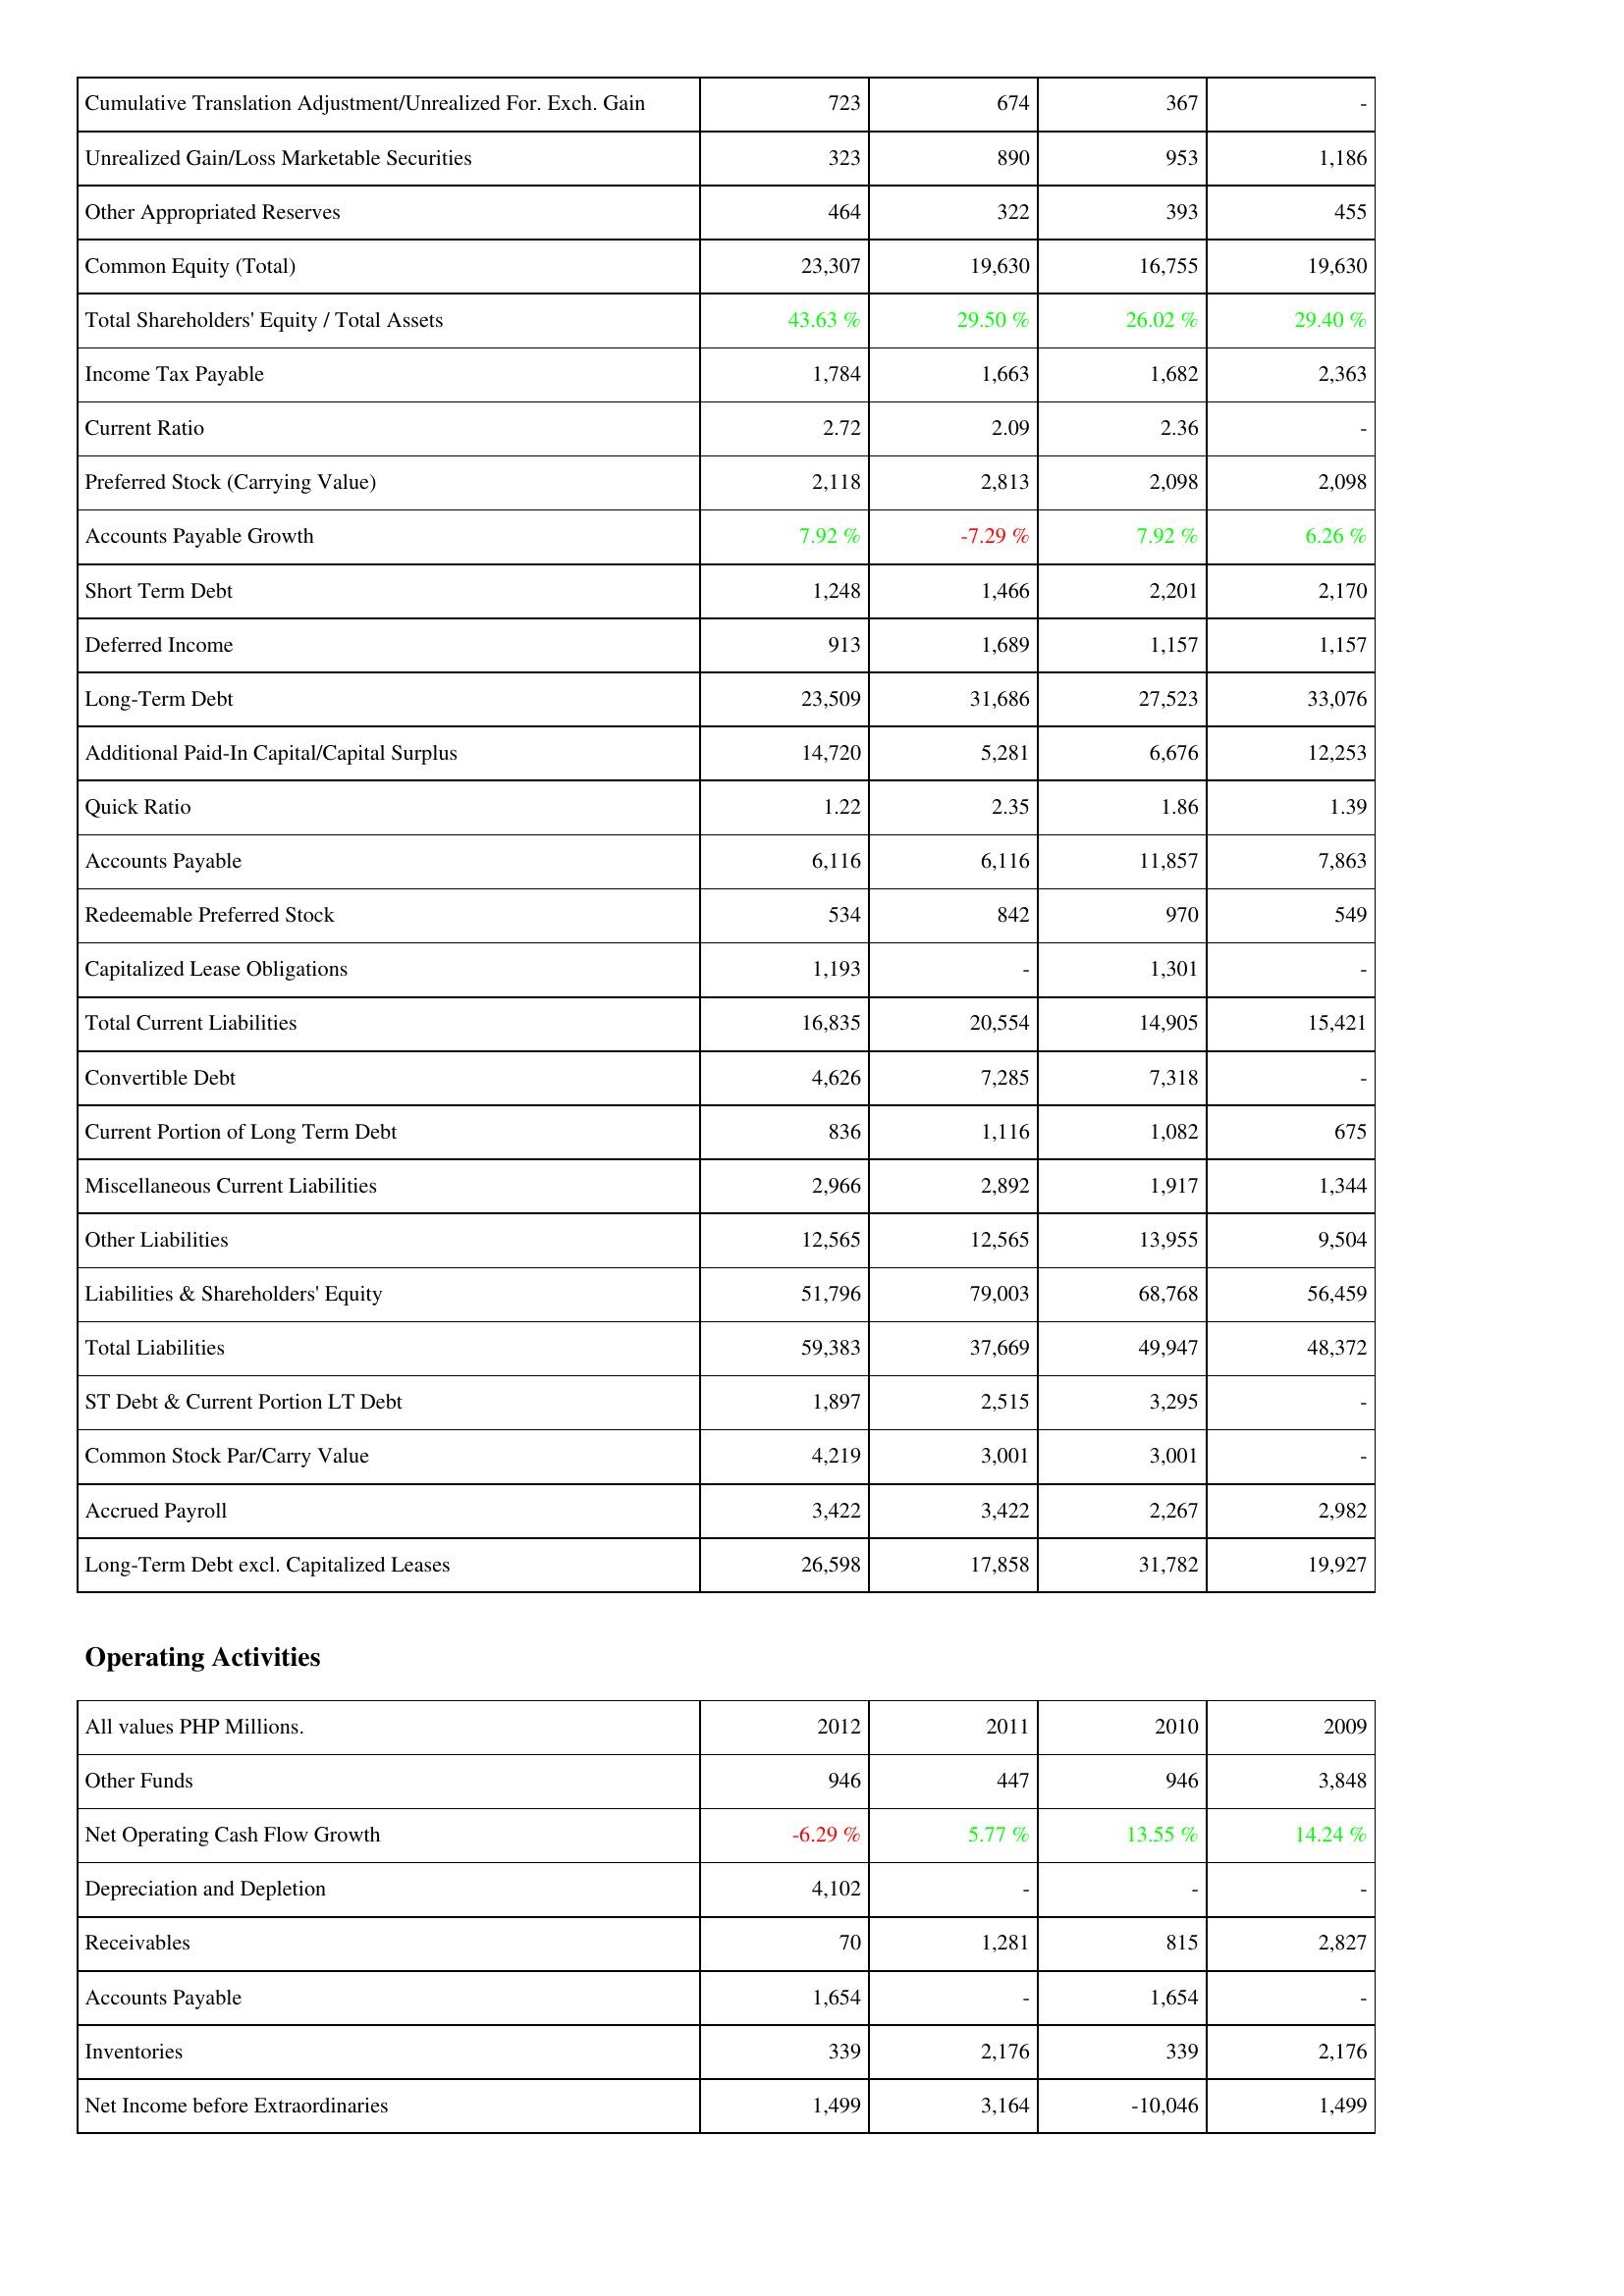
2012: Liabilities & Shareholders' Equity: Cumulative Translation Adjustment/Unrealized For. Exch. Gain: 723
Unrealized Gain/Loss Marketable Securities: 323
Other Appropriated Reserves: 464
Common Equity (Total): 23,307
Total Shareholders' Equity / Total Assets: 43.63 %
Income Tax Payable: 1,784
Current Ratio: 2.72
Preferred Stock (Carrying Value): 2,118
Accounts Payable Growth: 7.92 %
Short Term Debt: 1,248
Deferred Income: 913
Long-Term Debt: 23,509
Additional Paid-In Capital/Capital Surplus: 14,720
Quick Ratio: 1.22
Accounts Payable: 6,116
Redeemable Preferred Stock: 534
Capitalized Lease Obligations: 1,193
Total Current Liabilities: 16,835
Convertible Debt: 4,626
Current Portion of Long Term Debt: 836
Miscellaneous Current Liabilities: 2,966
Other Liabilities: 12,565
Liabilities & Shareholders' Equity: 51,796
Total Liabilities: 59,383
ST Debt & Current Portion LT Debt: 1,897
Common Stock Par/Carry Value: 4,219
Accrued Payroll: 3,422
Long-Term Debt excl. Capitalized Leases: 26,598
Operating Activities: Other Funds: 946
Net Operating Cash Flow Growth: -6.29 %
Depreciation and Depletion: 4,102
Receivables: 70
Accounts Payable: 1,654
Inventories: 339
Net Income before Extraordinaries: 1,499
2011: Liabilities & Shareholders' Equity: Cumulative Translation Adjustment/Unrealized For. Exch. Gain: 674
Unrealized Gain/Loss Marketable Securities: 890
Other Appropriated Reserves: 322
Common Equity (Total): 19,630
Total Shareholders' Equity / Total Assets: 29.50 %
Income Tax Payable: 1,663
Current Ratio: 2.09
Preferred Stock (Carrying Value): 2,813
Accounts Payable Growth: -7.29 %
Short Term Debt: 1,466
Deferred Income: 1,689
Long-Term Debt: 31,686
Additional Paid-In Capital/Capital Surplus: 5,281
Quick Ratio: 2.35
Accounts Payable: 6,116
Redeemable Preferred Stock: 842
Capitalized Lease Obligations: -
Total Current Liabilities: 20,554
Convertible Debt: 7,285
Current Portion of Long Term Debt: 1,116
Miscellaneous Current Liabilities: 2,892
Other Liabilities: 12,565
Liabilities & Shareholders' Equity: 79,003
Total Liabilities: 37,669
ST Debt & Current Portion LT Debt: 2,515
Common Stock Par/Carry Value: 3,001
Accrued Payroll: 3,422
Long-Term Debt excl. Capitalized Leases: 17,858
Operating Activities: Other Funds: 447
Net Operating Cash Flow Growth: 5.77 %
Depreciation and Depletion: -
Receivables: 1,281
Accounts Payable: -
Inventories: 2,176
Net Income before Extraordinaries: 3,164
2010: Liabilities & Shareholders' Equity: Cumulative Translation Adjustment/Unrealized For. Exch. Gain: 367
Unrealized Gain/Loss Marketable Securities: 953
Other Appropriated Reserves: 393
Common Equity (Total): 16,755
Total Shareholders' Equity / Total Assets: 26.02 %
Income Tax Payable: 1,682
Current Ratio: 2.36
Preferred Stock (Carrying Value): 2,098
Accounts Payable Growth: 7.92 %
Short Term Debt: 2,201
Deferred Income: 1,157
Long-Term Debt: 27,523
Additional Paid-In Capital/Capital Surplus: 6,676
Quick Ratio: 1.86
Accounts Payable: 11,857
Redeemable Preferred Stock: 970
Capitalized Lease Obligations: 1,301
Total Current Liabilities: 14,905
Convertible Debt: 7,318
Current Portion of Long Term Debt: 1,082
Miscellaneous Current Liabilities: 1,917
Other Liabilities: 13,955
Liabilities & Shareholders' Equity: 68,768
Total Liabilities: 49,947
ST Debt & Current Portion LT Debt: 3,295
Common Stock Par/Carry Value: 3,001
Accrued Payroll: 2,267
Long-Term Debt excl. Capitalized Leases: 31,782
Operating Activities: Other Funds: 946
Net Operating Cash Flow Growth: 13.55 %
Depreciation and Depletion: -
Receivables: 815
Accounts Payable: 1,654
Inventories: 339
Net Income before Extraordinaries: -10,046
2009: Liabilities & Shareholders' Equity: Cumulative Translation Adjustment/Unrealized For. Exch. Gain: -
Unrealized Gain/Loss Marketable Securities: 1,186
Other Appropriated Reserves: 455
Common Equity (Total): 19,630
Total Shareholders' Equity / Total Assets: 29.40 %
Income Tax Payable: 2,363
Current Ratio: -
Preferred Stock (Carrying Value): 2,098
Accounts Payable Growth: 6.26 %
Short Term Debt: 2,170
Deferred Income: 1,157
Long-Term Debt: 33,076
Additional Paid-In Capital/Capital Surplus: 12,253
Quick Ratio: 1.39
Accounts Payable: 7,863
Redeemable Preferred Stock: 549
Capitalized Lease Obligations: -
Total Current Liabilities: 15,421
Convertible Debt: -
Current Portion of Long Term Debt: 675
Miscellaneous Current Liabilities: 1,344
Other Liabilities: 9,504
Liabilities & Shareholders' Equity: 56,459
Total Liabilities: 48,372
ST Debt & Current Portion LT Debt: -
Common Stock Par/Carry Value: -
Accrued Payroll: 2,982
Long-Term Debt excl. Capitalized Leases: 19,927
Operating Activities: Other Funds: 3,848
Net Operating Cash Flow Growth: 14.24 %
Depreciation and Depletion: -
Receivables: 2,827
Accounts Payable: -
Inventories: 2,176
Net Income before Extraordinaries: 1,499